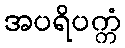
အပရိပက္ကံ